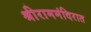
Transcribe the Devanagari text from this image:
श्रीराममंदिरात